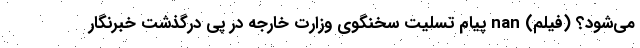
می‌شود؟ (فیلم) nan پیام تسلیت سخنگوی وزارت خارجه در پی درگذشت خبرنگار